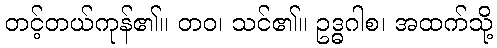
တင့်တယ်ကုန်၏။ တဝ၊ သင်၏။ ဥဒ္ဓဂါစ၊ အထက်သို့